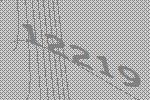
12219